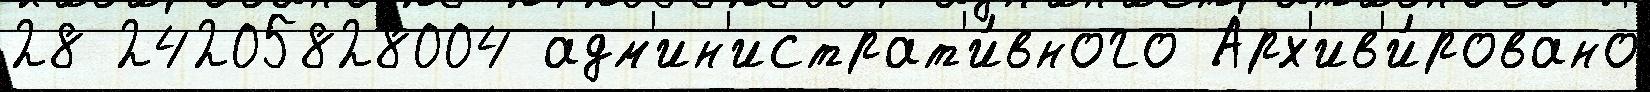
28 24205828004 адм'ин'истрат'и́вного Арх'ив'и́ровано